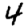
Digit: 4